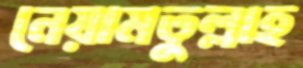
নেয়ামতুল্লাহ